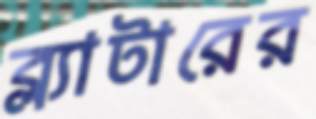
ব্ল্যাটারের